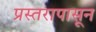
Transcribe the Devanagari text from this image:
प्रस्तरापासून